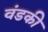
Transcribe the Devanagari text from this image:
वंडकी